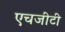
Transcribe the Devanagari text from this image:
एचजीटी